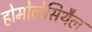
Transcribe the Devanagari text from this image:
होमोलेसिथैल